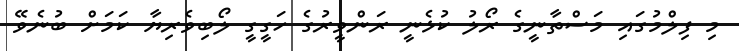
މި ފިލްމުގައި މަސްތާނީގެ ރޯލު ކުޅެނީ ރަންވީރުގެ ހަގީގީ ލޯބިވެރިޔާ ކަމަށް ބުނެވޭ